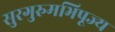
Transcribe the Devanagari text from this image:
सुरगुरुमभिपूज्य